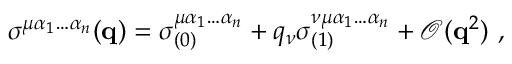
\sigma ^ { \mu \alpha _ { 1 } \hdots \alpha _ { n } } ( \mathbf { q } ) = \sigma _ { ( 0 ) } ^ { \mu \alpha _ { 1 } \hdots \alpha _ { n } } + q _ { \nu } \sigma _ { ( 1 ) } ^ { \nu \mu \alpha _ { 1 } \hdots \alpha _ { n } } + \mathcal { O } ( \mathbf { q } ^ { 2 } ) \mathrm { ~ , ~ }